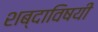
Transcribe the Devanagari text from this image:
शब्दाविषयी